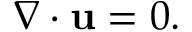
{ \nabla \cdot \mathbf { u } } = 0 .